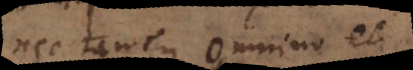
nec tamen omnino et